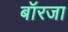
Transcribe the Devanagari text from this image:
बॉरजा